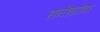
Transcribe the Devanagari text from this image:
हानीबरोबर